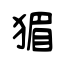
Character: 猸